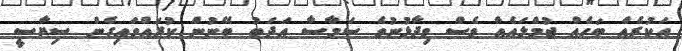
އަކުރެއް ބަހެއް ޖުމްލައެއް ވެސް ވިދާޅުނުވެ ސަމާސާ އަދަބު ބޭނުން ކުރައްވައިގެން ސިޔާސީ